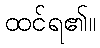
ထင်ရ၏။